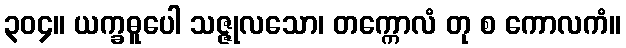
၃၀၄။ ယက္ခဓူပေါ သဇ္ဇုလသော၊ တက္ကောလံ တု စ ကောလကံ။